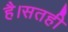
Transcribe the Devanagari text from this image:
है।सतही